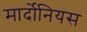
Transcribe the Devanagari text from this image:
मार्दोनियस